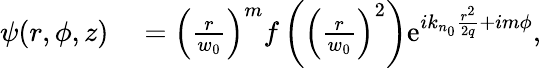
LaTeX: \begin{array}{rl}{\psi(r,\phi,z)}&{{}=\left(\frac{r}{w_{0}}\right)^{m}f\left(\left(\frac{r}{w_{0}}\right)^{2}\right)\mathrm{e}^{ik_{n_{0}}\frac{r^{2}}{2q}+im\phi},}\end{array}